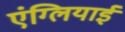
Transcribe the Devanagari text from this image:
एंग्लियाई